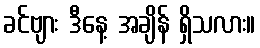
ခင်ဗျား ဒီနေ့ အချိန် ရှိသလား။